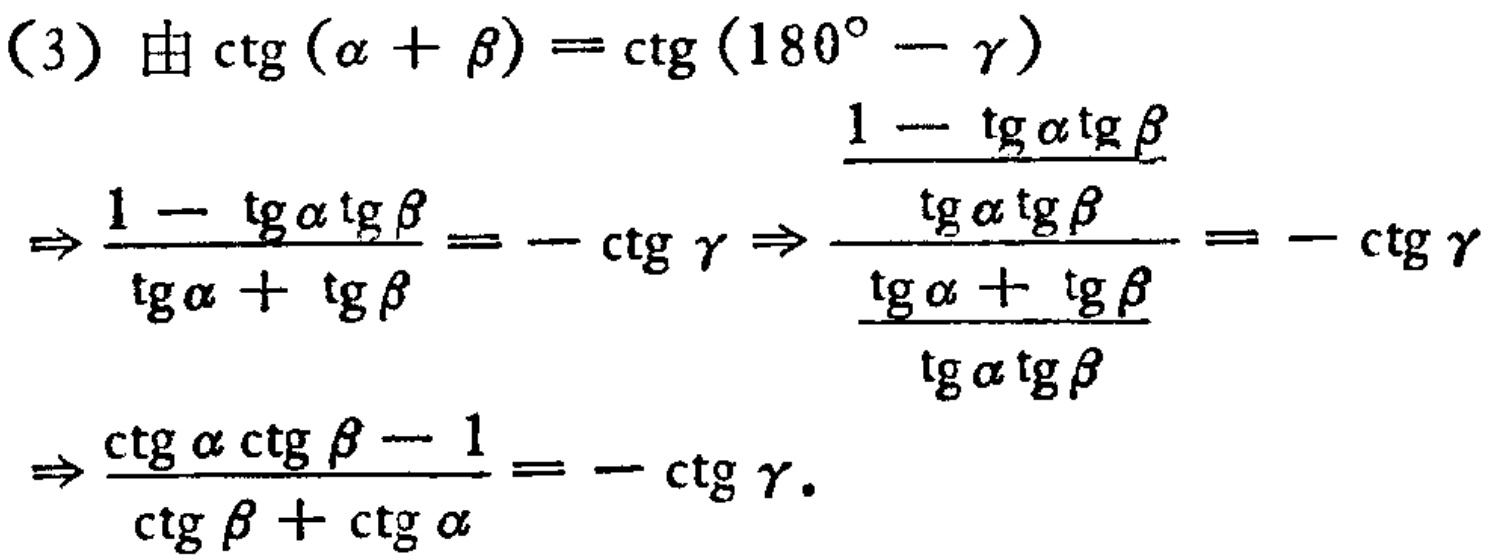
\begin{align*}

&(3)\text{ 由}\ctg(\alpha + \beta)=\ctg(180^{\circ}-\gamma)\\

&\Rightarrow\frac{1 - \tg\alpha\tg\beta}{\tg\alpha+\tg\beta}=-\ctg\gamma\Rightarrow\frac{\frac{1 - \tg\alpha\tg\beta}{\tg\alpha\tg\beta}}{\frac{\tg\alpha+\tg\beta}{\tg\alpha\tg\beta}}=-\ctg\gamma\\

&\Rightarrow\frac{\ctg\alpha\ctg\beta - 1}{\ctg\beta+\ctg\alpha}=-\ctg\gamma.

\end{align*}